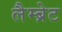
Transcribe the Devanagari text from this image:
लैम्ब्रेट